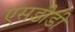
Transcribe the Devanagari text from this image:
एसडीडी